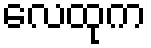
လေထုက